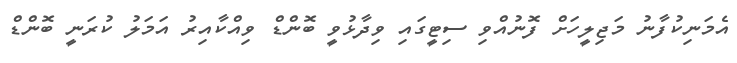
އެމަނިކުފާނު މަޖިލީހަށް ފޮނުއްވި ސިޓީގައި ވިދާޅުވީ ބޮންޑް ވިއްކާއިރު އަމަލު ކުރަނީ ބޮންޑް